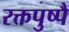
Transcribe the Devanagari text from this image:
रक्तपुष्पै